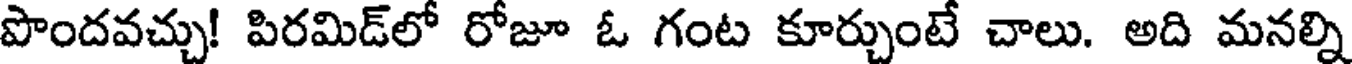
పొందవచ్చు! పిరమిడ్లో రోజూ ఓ గంట కూర్చుంటే చాలు. అది మనల్ని